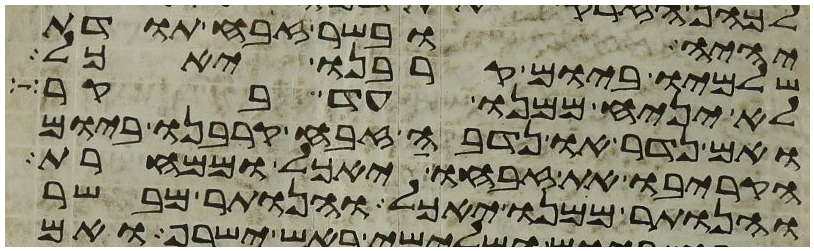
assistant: יהיה ובשר זבח תודת
שלמיו ביום קרבנו יאכל
לא יניח ממנו עד בקר
ואם נדר או נדבה זבח קרבנו ביום
הקריבו את זבחו יאכל וממחרת
והנותר ממנו יאכל והנותר מבשר